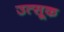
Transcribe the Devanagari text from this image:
उत्सूक